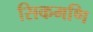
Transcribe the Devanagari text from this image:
सिकमणि